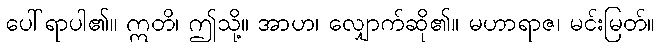
ပေါ်ရာပါ၏။ ဣတိ၊ ဤသို့။ အာဟ၊ လျှောက်ဆို၏။ မဟာရာဇ၊ မင်းမြတ်။